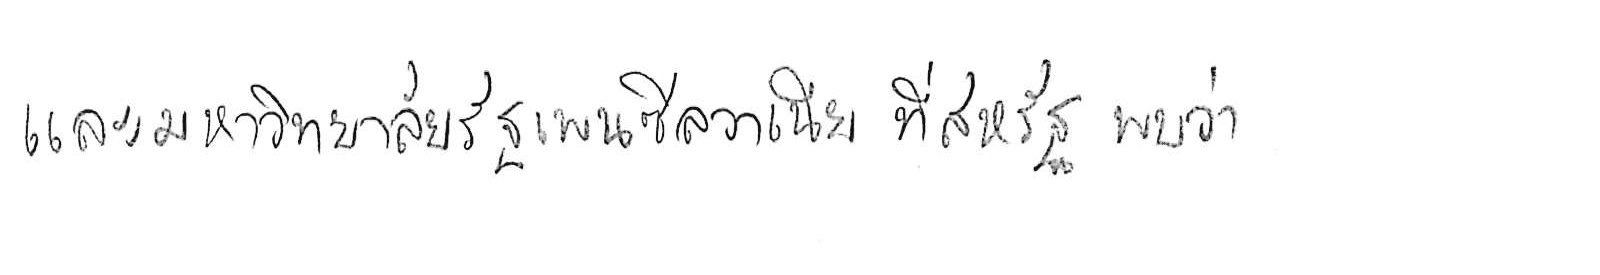
และมหาวิทยาลัยรัฐเพนซิลวาเนีย ที่สหรัฐ พบว่า